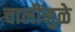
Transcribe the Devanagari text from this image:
चालींनुळे